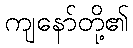
ကျနော်တို့၏